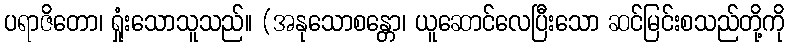
ပရာဇိတော၊ ရှုံးသောသူသည်။ (အနုသောစန္တော၊ ယူဆောင်လေပြီးသော ဆင်မြင်းစသည်တို့ကို